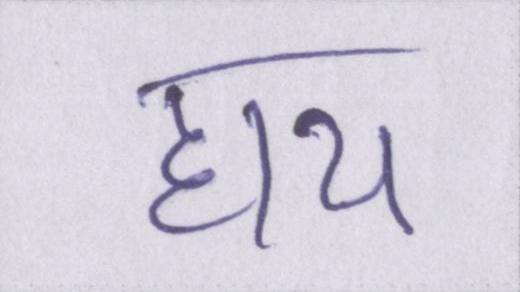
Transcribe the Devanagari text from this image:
हाय